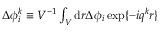
\begin{array} { r } { \Delta { \phi } _ { i } ^ { k } \equiv V ^ { - 1 } \int _ { V } \mathrm { d } \boldsymbol { r } \Delta \phi _ { i } \, \mathrm { e x p } \{ - i \boldsymbol { q } ^ { k } \boldsymbol { r } \} } \end{array}